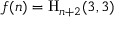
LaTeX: f ( n ) = { \mathrm { H } } _ { n + 2 } ( 3 , 3 )